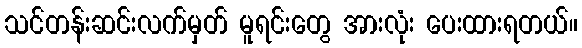
သင်တန်းဆင်းလက်မှတ် မူရင်းတွေ အားလုံး ပေးထားရတယ်။